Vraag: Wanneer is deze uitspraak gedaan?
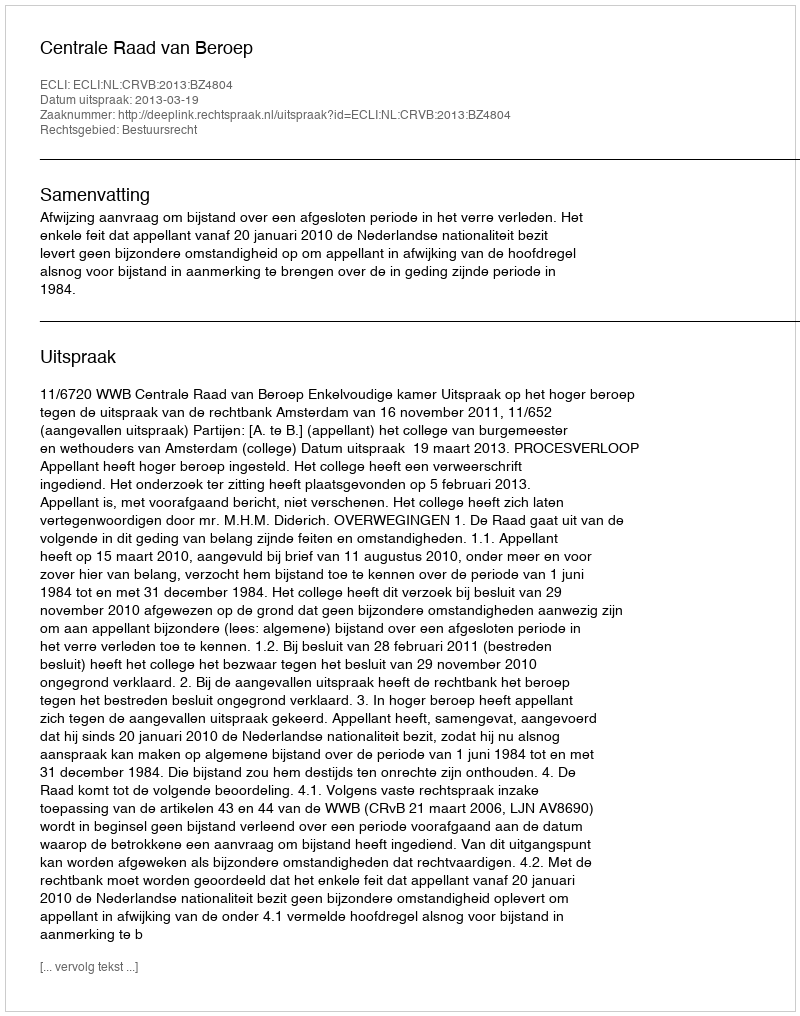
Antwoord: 2013-03-19